[Report on the health of British troops in the Madras command]
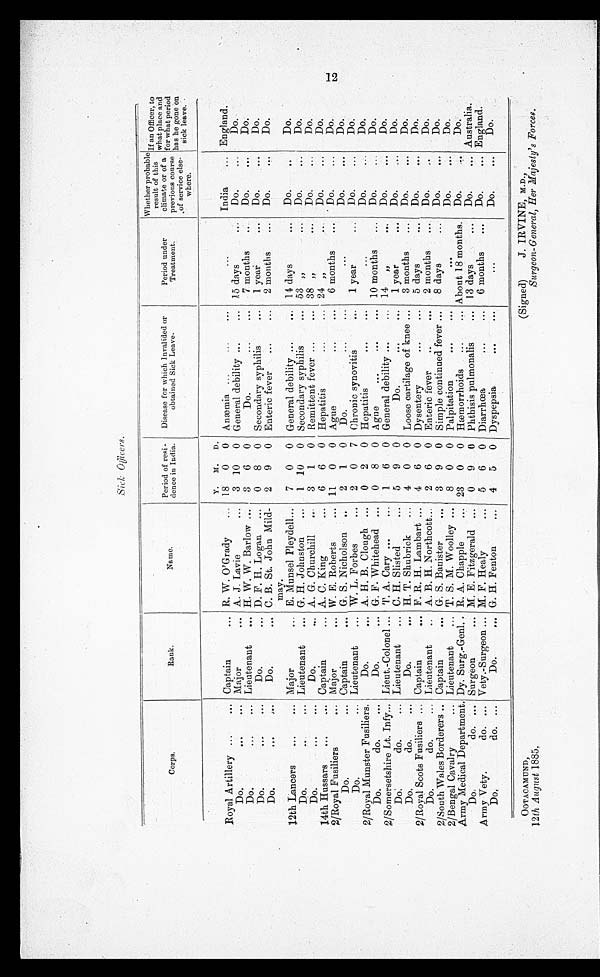
OoTACAMUND,
12th August 1885,
(Signed)
J. IRVINE, M . D .,
Surgeon-General, Her Majesty's Forces.
Sick Officers.
Corps.
Rank.
Name.
Period of resi -
dence in India.
Disease for which Invalided or
obtained Sick Leave.
Period under
Treatment.
Whether probable
result of this
climate or of a
previous course
, of service else.
where.
If an Officer, to
what place and
for what per
period
has he gone on
sick leave.
Royal Artillery ...
. . . Captain
... R. W. O'Grady
...
Y.
18
M.
0
D.
0 Anæmia ...
...
..
...
India ... England.
Do.
...
. . . Major
... A. J. Lavie
. . . 3 10 0 General debility ...
. . . 15 days
. . . Do.
...
Do.
D o . . . .
. . . Lieutenant
... H. W. W. Barlow . . . . . .
3 6 0
Do.
...
...
7 months
Do.
...
Do.
Do.
...
. . .
Do.
... D. F. H. Logan ... 0 8 0 Secondary syphilis
... 1 year
... Do.
Do.
Do.
...
. . .
Do.
... C. B. St. John Mild-
may.
2 9 0 Enteric fever
...
... 2 months
... Do.
...
Do.
12th Lancers
...
. . . Major
... E. Munsel Pleydell...
7 0 0 General debility ...
... 14 days
. . . Do.
...
Do.
Do.
... Lieutenant
... G. H. Johnston
...
1 10 0 Secondary syphilis
... 53 „
... Do.
...
Do.
Do.
...
Do.
... A. G. Churchill
...
3 1 0 Remittent fever ...
. . . 38 „
. . . Do.
...
Do.
14th Hussars
...
... Captain
... A. C. King
... 6 6 0 Hepatitis
...
... 24
„
. . . Do.
...
Do.
2/Royal Fusiliers
... Major
... W. E. Roberts
..... 11 0 0 Ague
...
. . . . . . 6 months .....
Do.
...
Do.
Do.
... Captain
... G, S. Nicholson ..
2 1 0 Do.
...
...
...
Do.
...
Do.
Do.
... Lieutenant
... W. L. Forbes
... 2 0 7 Chronic synovitis
... 1 year
... Do.
...
Do.
2/Royal Munster Fusiliers.
Do.
. . . A. H. B. Clough ... 0 2 0 Hepatitis
...
...
. . .
Do.
...
Do.
Do.
do.
. . .
Do.
... G. F. Whitehead ... 0 8 0 Ague
...
...
. . . 10 months ... Do.
...
Do.
2 / Somersetshire Lt. Infy... Lieut.-Colonel ... T. A. Cary ...
... 1 6 0 General debility ...
... 14
„
. . .
Do.
...
Do.
Do:
do.
... Lieutenant
... C. H. Slisted
... 5 9 0
Do.
. . .
...
1 year
. . . Do.
...
Do.
Do.
do.
...
D o . .
... H. T. Shubrick
... 4 0 0 Loose cartilage of knee ... 3 months
... Do.
...
Do.
2/Royal Scots Fusiliers ... Captain
... F. R. H. Lambart ... 4 6 0 Dysentery
...
. . . 5 days
. . . Do.
...
Do.
Do.
do.
Lieutenant
.. A. B. H. Northcott...
2 6 0 Enteric fever
..
. . .
2 months
... Do.
..
Do.
2/South Wales Borderers .. Captain
... G. S. Banister
... 3 9 0 Simple continued fever ... 8 days
Do.
...
Do.
2/Bengal Cavalry
... Lieutenant
... T. S. M. Woolley ... 8 0 0 Palpitation
...
...
Do.
...
Do.
Army Medical Department. Dy. Surg.-Genl.. R. A. Chapple
23 0 0 Hæmorrhoids ...
... About 18 months. Do.
Do.
Do.
do. ... Surgeon
... M. E. Fitzgerald ... 0 9 0 Phthisis pulmonalis
. . . 13 days
. . . Do.
... Australia.
Army Vety.
do. ... Vety.-Surgeon ... M. F. Healy
... 5 6 0 Diarrhœa
...
... 6 months
... Do.
... England.
Do.
do. ...
Do.
... G. H. Fenton
... 4 5 0 Dyspepsia
...
. .
. . .
Do.
...
Do.